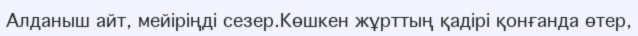
Алданыш айт, мейіріңді сезер.Көшкен жұрттың қадірі қонғанда өтер,